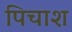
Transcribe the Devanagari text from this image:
पिचाश